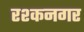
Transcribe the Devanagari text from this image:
रश्कनगर